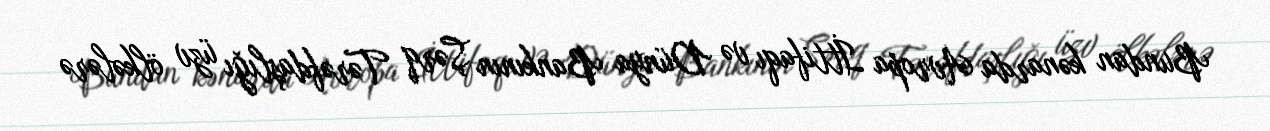
Bundan kənarda Avropa İttifaqı və Dünya Bankının Şərq Tərəfdaşlığı üzv ölkələrə